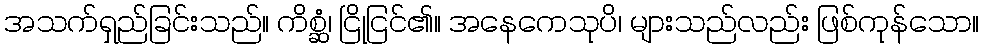
အသက်ရှည်ခြင်းသည်။ ကိစ္ဆံ၊ ငြိုငြင်၏။ အနေကေသုပိ၊ များသည်လည်း ဖြစ်ကုန်သော။